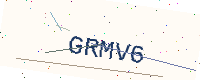
Text: GRMV6